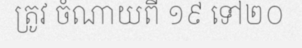
ត្រូវ ចំណាយពី ១៩ ទៅ២០